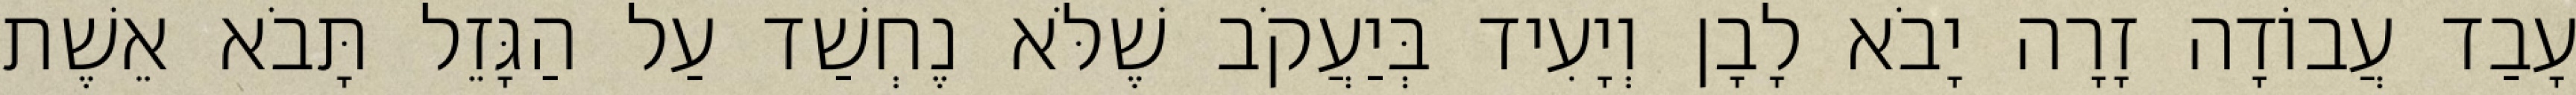
עָבַד עֲבוֹדָה זָרָה יָבֹא לָבָן וְיָעִיד בְּיַעֲקֹב שֶׁלֹּא נֶחְשַׁד עַל הַגָּזֵל תָּבֹא אֵשֶׁת